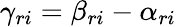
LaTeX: \gamma_{ri}=\beta_{ri}-\alpha_{ri}